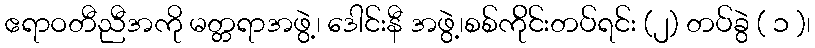
ဧရာဝတီညီအကို မတ္တရာအဖွဲ့၊ ဒေါင်းနီ အဖွဲ့၊စစ်က်ိုင်းတပ်ရင်း (၂) တပ်ခွဲ ( ၁ )၊